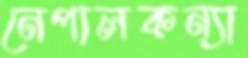
নেপালকন্যা